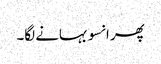
پھر انسو بہانے لگا۔